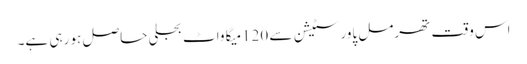
اس وقت تھرمل پاور سٹیشن سے 120میگا واٹ بجلی حاصل ہو رہی ہے۔